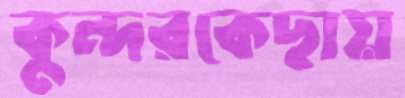
কুন্দরকেছায়